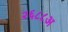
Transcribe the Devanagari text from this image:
२६८८अ